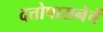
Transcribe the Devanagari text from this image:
दत्तोपासनेचें